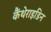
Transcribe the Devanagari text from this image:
कैंथेराइडिन